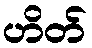
ဟိတ်